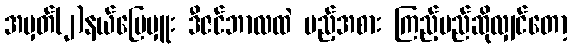
အမှတ်(၂)နယ်မြေမှူး ဒီဇင်ဘာလထဲ မည့်အစား ကြည့်မည်ဆိုလျှင်တော့